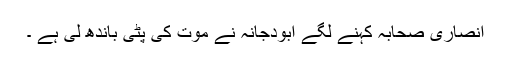
انصاری صحابہ کہنے لگے ابودجانہ نے موت کی پٹی باندھ لی ہے ۔